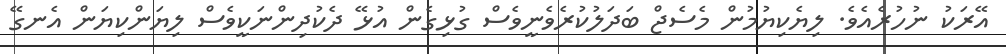
އޭރަކު ނުހުރެއެވެ. ލިޔެކިޔުމުން މެސެޖް ބަދަލުކުރެވެނީވެސް ގުޅިގެން އުޅޭ ދެކުދިންނަކީވެސް ލިޔަންކިޔަން އެނގޭ